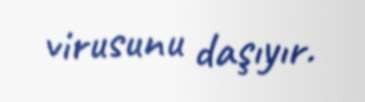
virusunu daşıyır.